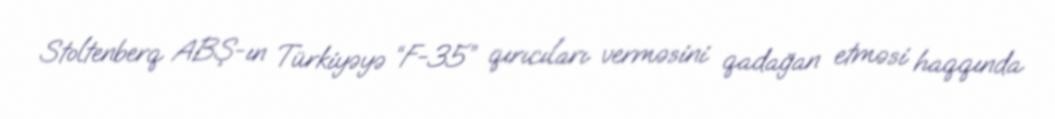
Stoltenberq ABŞ-ın Türkiyəyə “F-35” qırıcıları verməsini qadağan etməsi haqqında